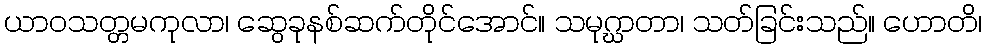
ယာဝသတ္တမကုလာ၊ ဆွေခုနစ်ဆက်တိုင်အောင်။ သမုဂ္ဃာတာ၊ သတ်ခြင်းသည်။ ဟောတိ၊